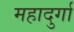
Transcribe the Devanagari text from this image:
महादुर्गा